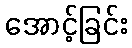
အောင့်ခြင်း